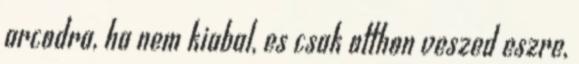
arcodra, ha nem kiabal, es csak otthon veszed eszre,